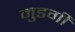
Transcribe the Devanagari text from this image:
मुडगी